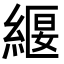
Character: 𮈧